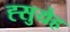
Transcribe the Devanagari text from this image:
ह्सुयेह